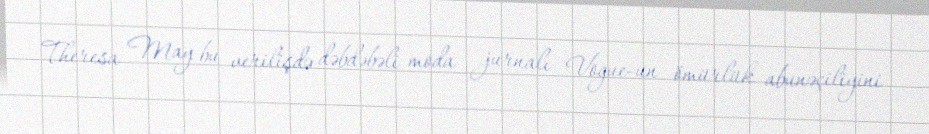
Theresa May bu verilişdə dəbdəbəli moda jurnalı Vogue-un ömürlük abunəçiliyini